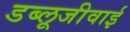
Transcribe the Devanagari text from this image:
डब्लूजीवाई